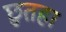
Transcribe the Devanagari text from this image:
छुतहा